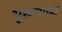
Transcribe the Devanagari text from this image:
भूरूपांच्या